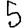
Digit: 5